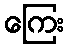
ကြေး